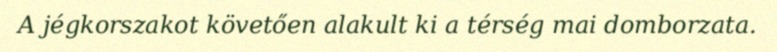
A jégkorszakot követően alakult ki a térség mai domborzata.